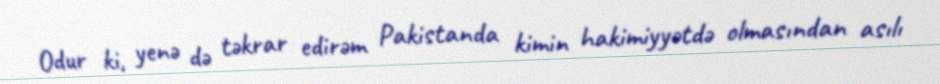
Odur ki, yenə də təkrar edirəm Pakistanda kimin hakimiyyətdə olmasından asılı